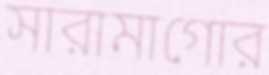
সারামাগোর